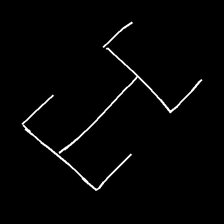
Glyph: entwine